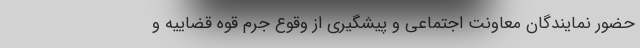
حضور نمایندگان معاونت اجتماعی و پیشگیری از وقوع جرم قوه قضاییه و